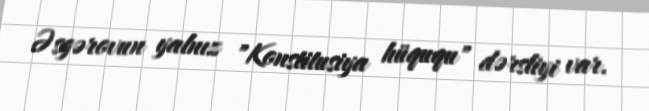
Əsgərovun yalnız "Konstitusiya hüququ" dərsliyi var.